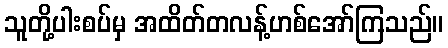
သူတို့ပါးစပ်မှ အထိတ်တလန့်ဟစ်အော်ကြသည်။